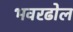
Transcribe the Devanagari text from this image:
भवरढोल